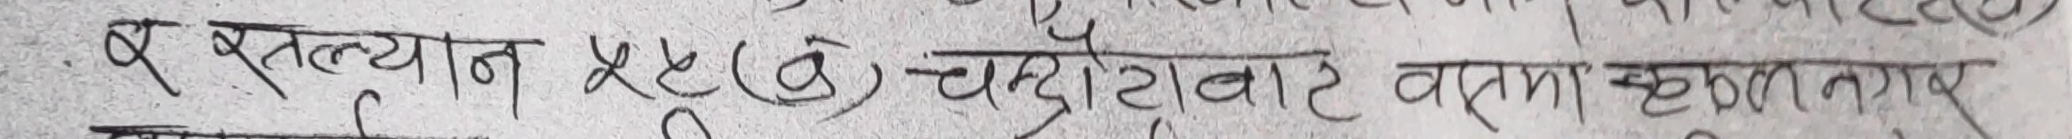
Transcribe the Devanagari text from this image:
रू प्रत्यायन ४८ (वे) चटरोबोट वाता कृष्ण नाय